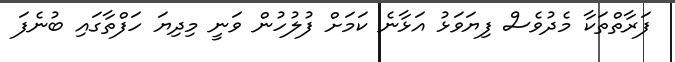
ފަރާތްތަކާ މެދުވެސް ފިޔަވަޅު އަޅާނެ ކަމަށް ފުލުހުން ވަނީ މިދިޔަ ހަފްތާގައި ބުނެފަ